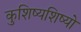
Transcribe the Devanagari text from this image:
कुशिष्यशिष्यो